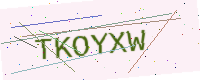
Text: TKOYXW